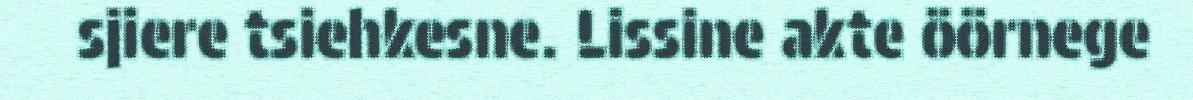
sjiere tsiehkesne. Lissine akte öörnege